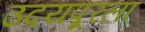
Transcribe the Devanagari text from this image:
उदयपूरला